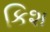
કિશ